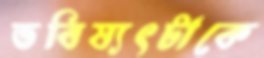
ভবিষ্যৎটাকে